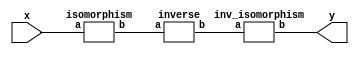
`timescale 1ns/100ps
module SMSS32_62_np_5_4(x,y);
	 input [5:0] x;
	 output [5:0] y;
	 wire [5:0] w;
	 wire [5:0] p;
	 isomorphism C2 (x,w);
	 inverse C3 (w,p);
	 inv_isomorphism C4 (p,y);
endmodule

module add_base(a,b,c);
	 input [2:0] a;
	 input [2:0] b;
	 output [2:0] c;
	 assign c[0]=a[0]^b[0];
	 assign c[1]=a[1]^b[1];
	 assign c[2]=a[2]^b[2];
endmodule

module multiplication_base(a,b,c);
	 input [2:0] a;
	 input [2:0] b;
	 wire [4:0] t;
	 wire [3:0] s;
	 wire [3:0] u;
	 output [2:0] c;
	 assign t[0]=(a[0]&b[0]);
	 assign t[1]=(a[0]&b[1]);
	 assign t[2]=(a[0]&b[2]);
	 assign s[0]=(a[1]&b[0]);
	 assign s[1]=(a[1]&b[1]);
	 assign s[2]=(a[1]&b[2]);
	 assign u[0]=(a[2]&b[0]);
	 assign u[1]=(a[2]&b[1]);
	 assign u[2]=(a[2]&b[2]);
	 assign t[3]=s[2]^u[1]^u[2];
	 assign c[0]=t[0]^t[3];
	 assign c[1]=t[1]^s[0]^u[2];
	 assign c[2]=u[0]^s[1]^t[2]^t[3];
endmodule

module square_base(a,b);
	 input [2:0] a;
	 output[2:0] b;
	 assign b[0]=a[0]^a[2];
	 assign b[1]=a[2];
	 assign b[2]=a[1]^a[2];
endmodule

module six_base(a,b);
	 input [2:0] a;
	 wire [4:0] t;
	 output[2:0] b;
	 assign t[0]=(a[0]&a[1]);
	 assign t[1]=(a[0]&a[2]);
	 assign t[2]=(a[1]&a[2]);
	 assign t[3]=t[0]^t[2];
	 assign t[4]=a[2]^t[3];
	 assign b[0]=a[0]^t[1]^t[4];
	 assign b[1]=a[1]^t[4];
	 assign b[2]=a[1]^t[1]^t[2];
endmodule

module inverse(a,b);
	 input [5:0] a;
	 output [5:0] b;
	 wire [2:0] x_0;
	 wire [2:0] x_1;
	 wire [2:0] x_2;
	 wire [2:0] x_3;
	 wire [2:0] x_4;
	 wire [2:0] x_5;
	 wire [2:0] x_6;
	 wire [2:0] x_7;
	 wire [2:0] y_0;
	 wire [2:0] y_1;
	 assign x_0[0]=a[0];
	 assign x_0[1]=a[1];
	 assign x_0[2]=a[2];
	 assign x_1[0]=a[3];
	 assign x_1[1]=a[4];
	 assign x_1[2]=a[5];
	 add_base A1 (x_0,x_1,x_2);
	 square_base A2 (x_1,x_3);
	 multiplication_base A3 (x_0,x_2,x_4);
	 add_base A4 (x_3,x_4,x_5);
	 six_base A5 (x_5,x_6);
	 multiplication_base A6 (x_1,x_6,y_0);
	 multiplication_base A7 (x_0,x_6,y_1);
	 assign b[0]=y_0[0];
	 assign b[1]=y_0[1];
	 assign b[2]=y_0[2];
	 assign b[3]=y_1[0];
	 assign b[4]=y_1[1];
	 assign b[5]=y_1[2];
endmodule

module inv_isomorphism(a,b);
	 input [5:0] a;
	 output [5:0] b;
	 assign b[0]=a[1]^a[3]^a[4]^a[5];
	 assign b[1]=a[0]^a[3]^a[4]^a[5];
	 assign b[2]=a[0]^a[3]^a[4];
	 assign b[3]=a[0]^a[1]^a[2]^a[3]^a[4]^a[5];
	 assign b[4]=a[4];
	 assign b[5]=a[1]^a[4]^a[5];
endmodule

module isomorphism(a,b);
	 input [5:0] a;
	 output [5:0] b;
	 assign b[0]=a[0]^a[2]^a[4]^a[5];
	 assign b[1]=a[1]^a[2]^a[4]^a[5];
	 assign b[2]=a[2]^a[3]^a[4]^a[5];
	 assign b[3]=a[0]^a[5];
	 assign b[4]=a[4];
	 assign b[5]=a[1]^a[2];
endmodule